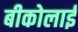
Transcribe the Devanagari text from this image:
बीकोलाई